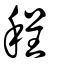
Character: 程